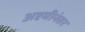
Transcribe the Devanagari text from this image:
अष्टमीनंतर